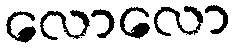
လောလော